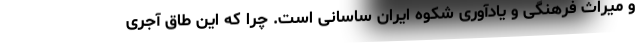
و میراث فرهنگی و یادآوری شکوه ایران ساسانی است. چرا که این طاق آجری